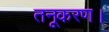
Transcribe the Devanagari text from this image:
तनूकरण।